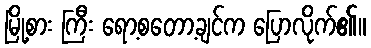
မြို့စား ကြီး ရော့စတော့ချင်က ပြောလိုက်၏။